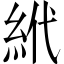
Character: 𱹮